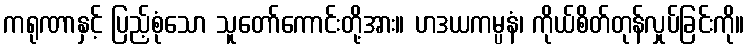
ကရုဏာနှင့် ပြည့်စုံသော သူတော်ကောင်းတို့အား။ ဟဒယကမ္ပနံ၊ ကိုယ်စိတ်တုန်လှုပ်ခြင်းကို။